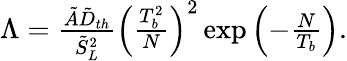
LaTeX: \begin{array}{r}{\Lambda=\frac{\tilde{A}\tilde{D}_{th}}{\tilde{S}_{L}^{2}}\left(\frac{T_{b}^{2}}{N}\right)^{2}\exp\left(-\frac{N}{T_{b}}\right).}\end{array}